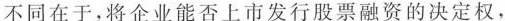
不同在于，将企业能否上市发行股票融资的决定权，